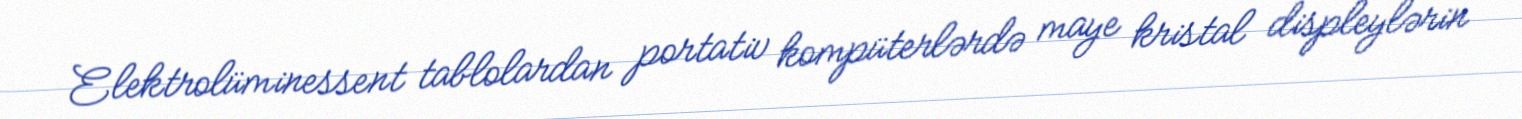
Elektrolüminessent tablolardan portativ kompüterlərdə maye kristal displeylərin